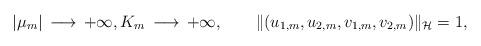
LaTeX: \begin{align*}|\mu_{m}|\,\longrightarrow\,+\infty,K_{m}\,\longrightarrow\,+\infty,\qquad\|(u_{1,m},u_{2,m},v_{1,m},v_{2,m})\|_{\mathcal{H}}=1,\end{align*}